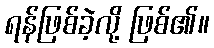
ရန်ဖြစ်ခဲ့လို့ ဖြစ်၏။